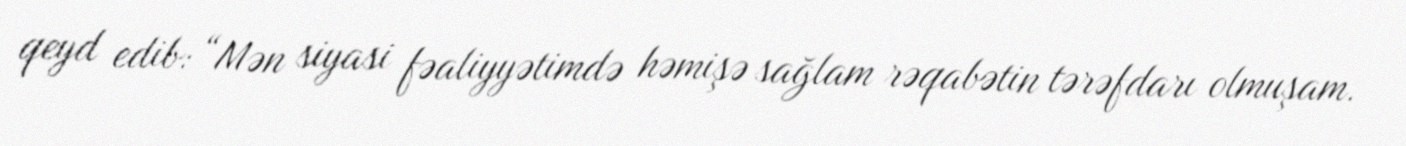
qeyd edib: “Mən siyasi fəaliyyətimdə həmişə sağlam rəqabətin tərəfdarı olmuşam.